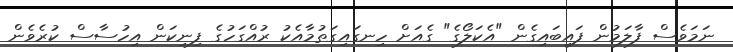
ނަމަވެސް ފާލަމުން ފައިބައިގެން "އެކަލޯގެ" ގެއަށް ހިނގައިގަތުމާއެކު ރުއްގަހުގެ ފިނިކަން އިހުސާސް ކުރެވެން